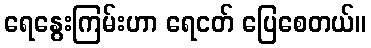
ရေနွေးကြမ်းဟာ ရေငတ် ပြေစေတယ်။